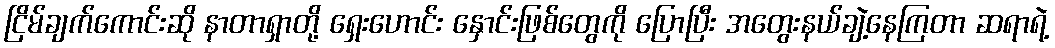
ငြိမ်ချက်ကောင်းဆို နာတာရှာတို့ ရှေးဟောင်း နှောင်းဖြစ်တွေကို ပြောပြီး အတွေးနယ်ချဲ့နေကြတာ ဆရာရဲ့